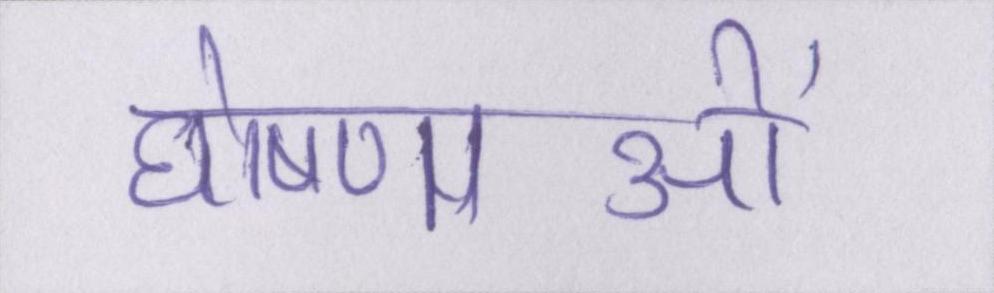
घोषणाओं